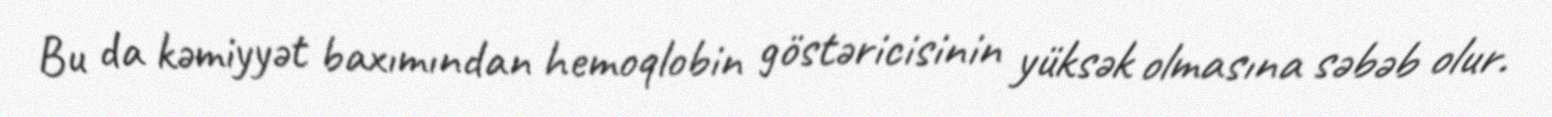
Bu da kəmiyyət baxımından hemoqlobin göstəricisinin yüksək olmasına səbəb olur.